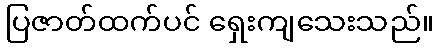
ပြဇာတ်ထက်ပင် ရှေးကျသေးသည်။